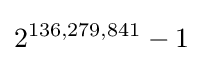
{\begin{aligned}2^{136,279,841}-1\end{aligned}}